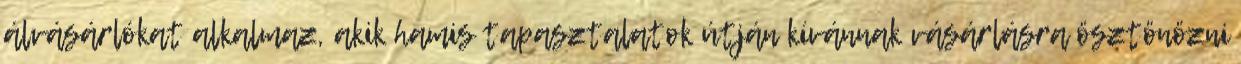
álvásárlókat alkalmaz, akik hamis tapasztalatok útján kívánnak vásárlásra ösztönözni